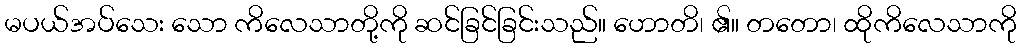
မပယ်အပ်သေး သော ကိလေသာတို့ကို ဆင်ခြင်ခြင်းသည်။ ဟောတိ၊ ၏။ တတော၊ ထိုကိလေသာကို